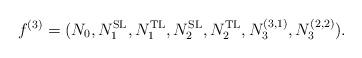
LaTeX: \begin{align*}f^{(3)}=(N_{0},N_{1}^{\rm SL}, N_{1}^{\rm TL}, N_{2}^{\rm SL}, N_{2}^{\rm TL}, N_{3}^{(3,1)},N_{3}^{(2,2)}).\end{align*}